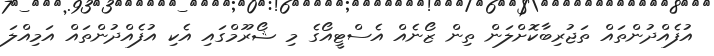
އުފެއްދުންތައް ތަޖުރިބާކޮށްލަން ތިން ޒޯނެއް އެސްޓީއޯގެ މި ޝޯރޫމްގައި އެކި އުފެއްދުންތައް އަމިއްލަ